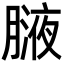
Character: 𦟸